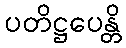
ပတိဋ္ဌပေန္တိ